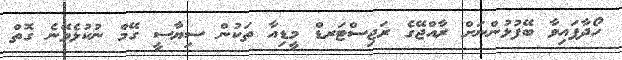
ހޯދާފައިވާ ބޭފުޅުންނަށް ރާއްޖޭގެ ރަޖިސްޓަރޑް މީޑިއާ ތަކުން ސިޔާސީ ގޭމް ނުކުޅެވޭނެ ގޮތް